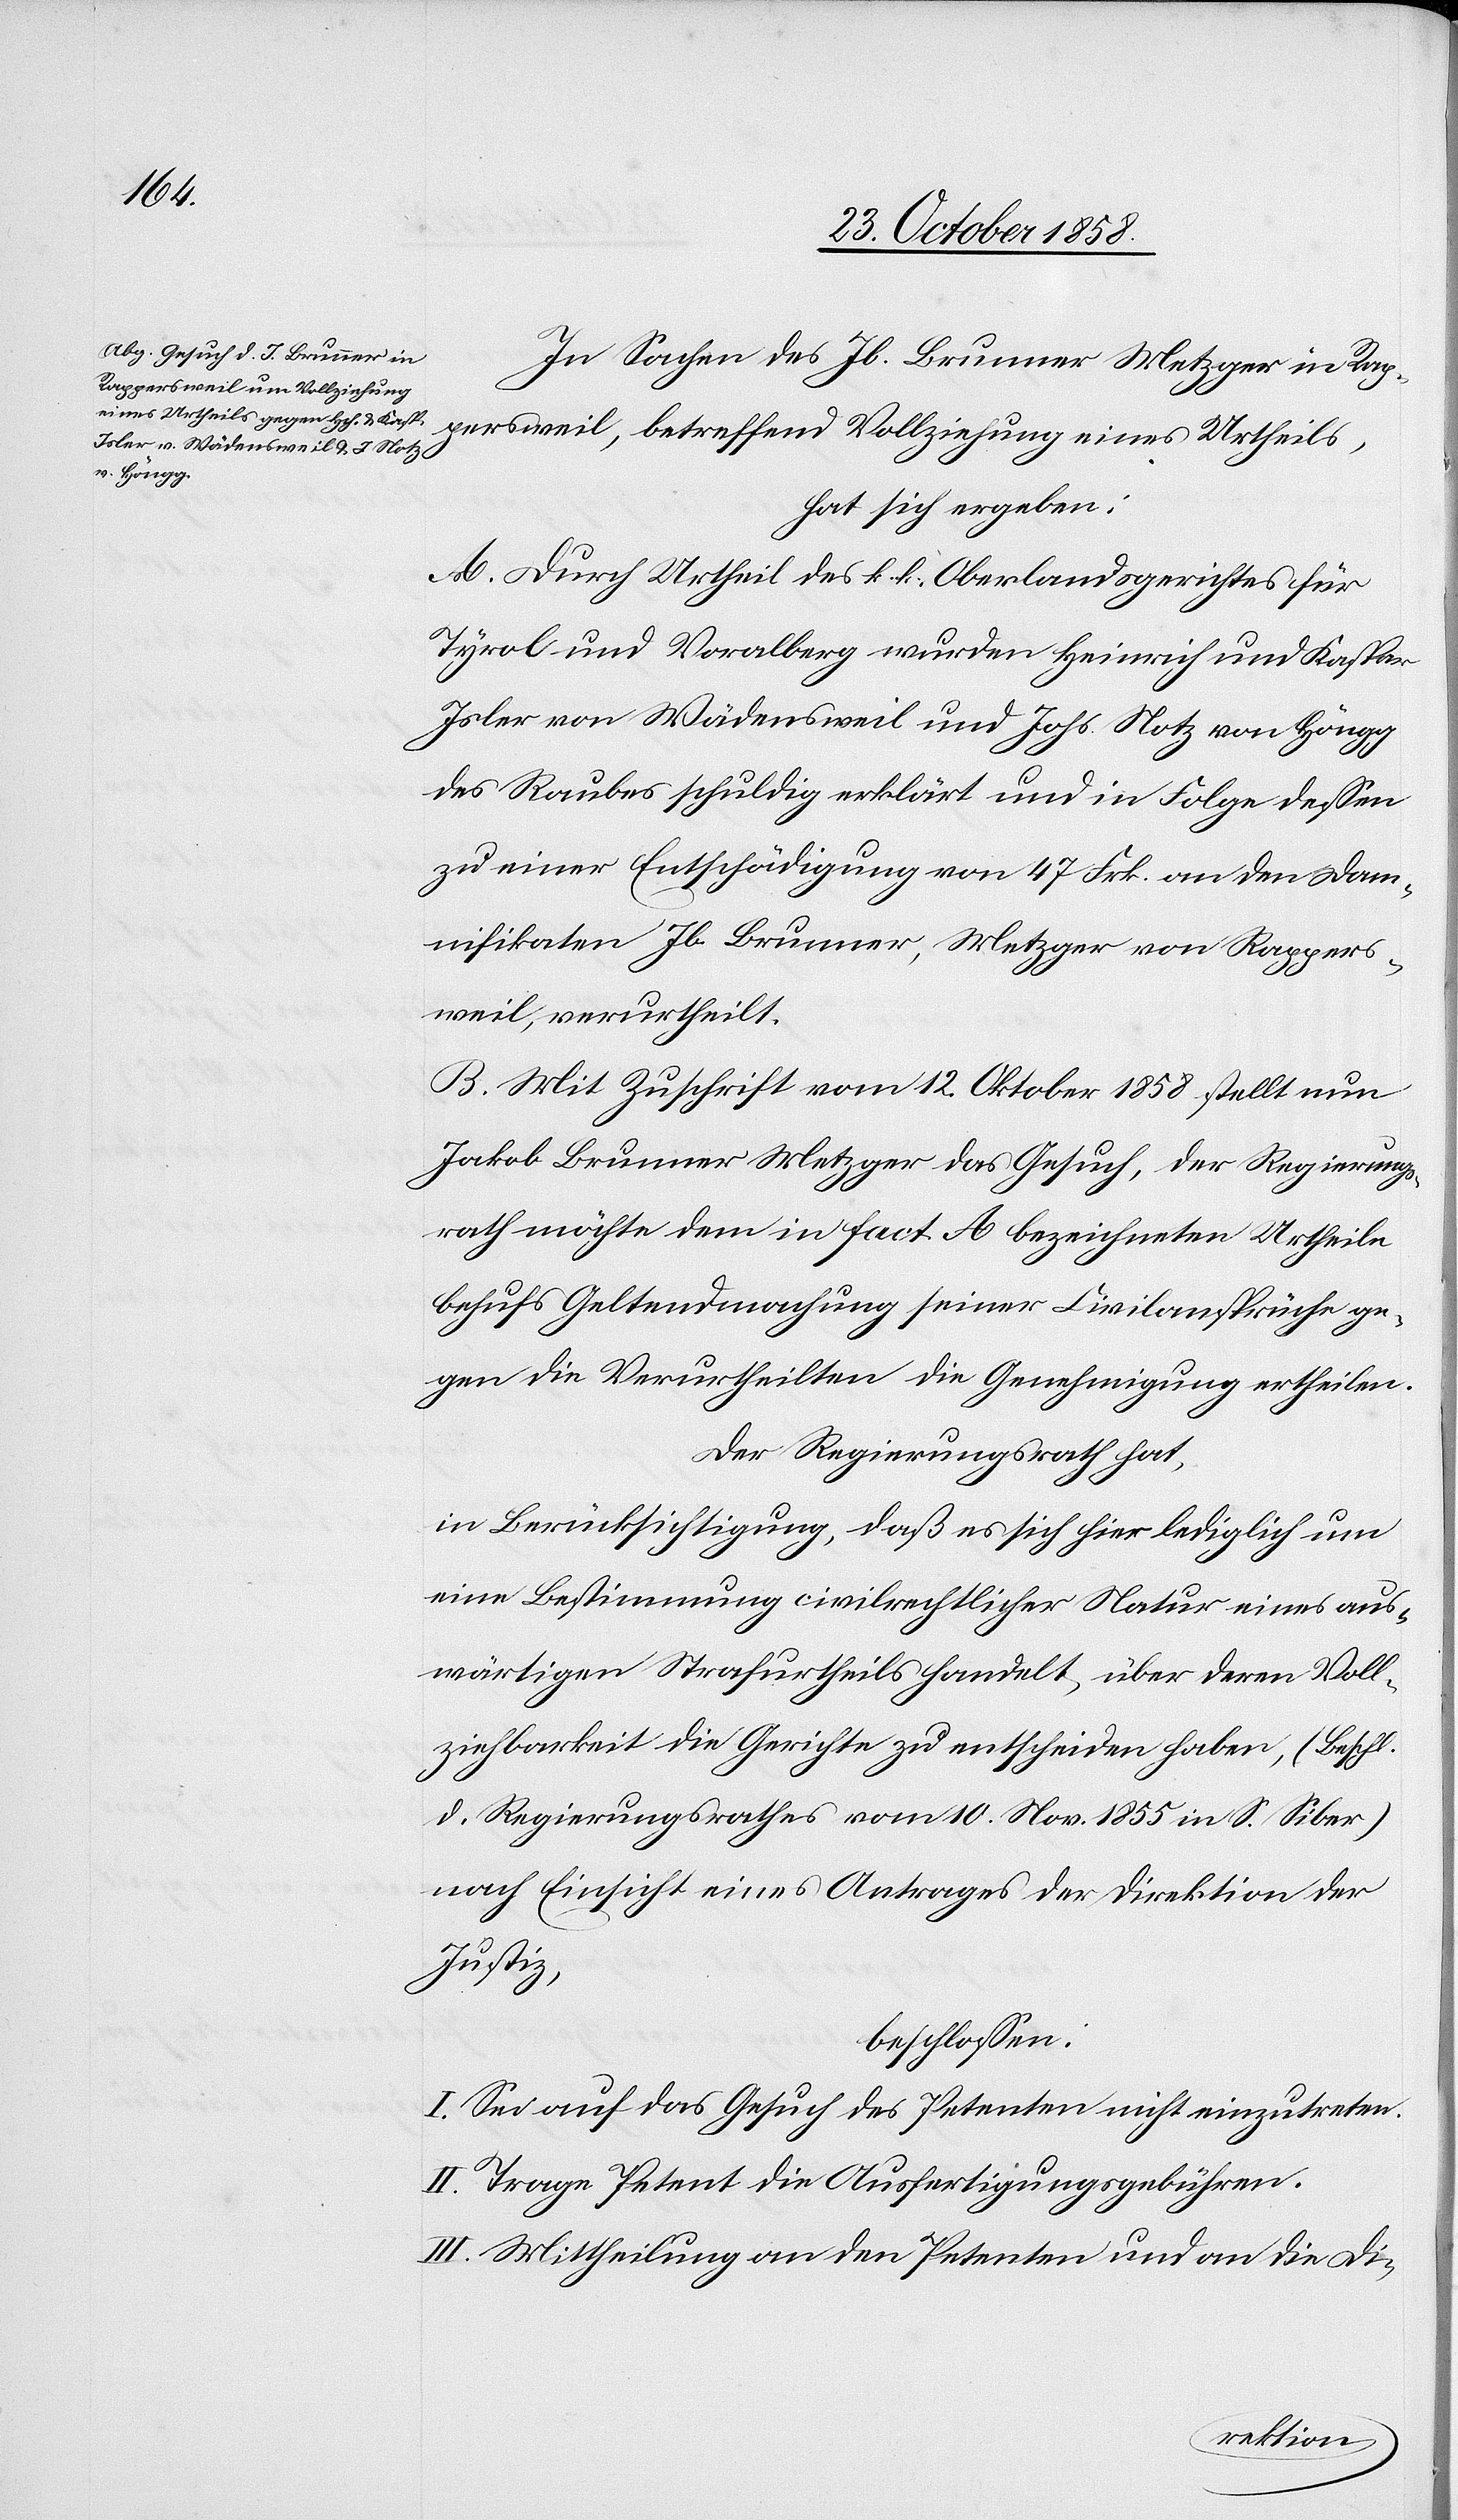
In Sachen des Jb. Brunner Metzger in Rap¬
persweil, betreffend Vollziehung eines Urtheils,
hat sich ergeben:
A. Durch Urtheil des k. k. Oberlandsgerichtes für
Tyrol und Vora[r]lberg wurden Heinrich und Kaspar
Isler von Wädensweil und Johs. Notz von Höngg
des Raubes schuldig erklärt und in Folge dessen
zu einer Entschädigung von 47 Frk. an den Damn¬
ifikaten Jb. Brunner, Metzger von Rappers¬
weil, verurtheilt.
B. Mit Zuschrift vom 12. Oktober 1858 stellt nun
Jakob Brunner Metzger das Gesuch, der Regierungs¬
rath möchte dem in Fact. A bezeichneten Urtheile
behufs Geltendmachung seiner Civilansprüche ge¬
gen die Verurtheilten die Genehmigung ertheilen.
Der Regierungsrath hat,
in Berücksichtigung, daß es sich hier lediglich um
eine Bestimmung civilrechtlicher Natur eines aus¬
wärtigen Strafurtheils handelt, über deren Voll¬
ziehbarkeit die Gerichte zu entscheiden haben, (Beschl.
d. Regierungsrathes vom 10. Nov. 1855 in S. Siber)
nach Einsicht eines Antrages der Direktion der
Justiz,
beschlossen:
I. Sei auf das Gesuch des Petenten nicht einzutreten.
II. Trage Petent die Ausfertigungsgebühren.
III. Mittheilung an den Petenten und an die Di-